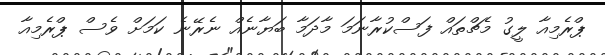
ޕްރެމިއާ ލީގު މެޗްތައް ފަސްކުރާނަމަ މާދަމާ ބަޔާނެއް ނެރޭނެ ކަމަށް ވެސް ޕްރެމިއާ